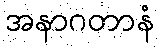
အနာဂတာနံ